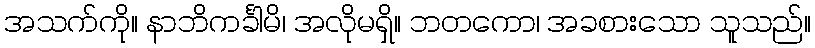
အသက်ကို။ နာဘိကင်္ခါမိ၊ အလိုမရှိ။ ဘတကော၊ အခစားသော သူသည်။